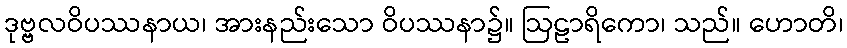
ဒုဗ္ဗလဝိပဿနာယ၊ အားနည်းသော ဝိပဿနာ၌။ ဩဠာရိကော၊ သည်။ ဟောတိ၊